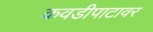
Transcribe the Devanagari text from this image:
कवडीपाटावर